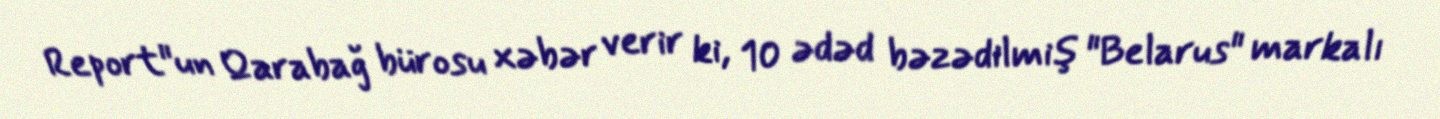
Report"un Qarabağ bürosu xəbər verir ki, 10 ədəd bəzədilmiş "Belarus" markalı